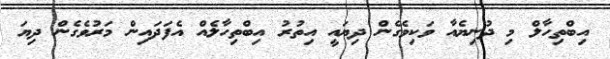
އިބްތިހާލް މި ދުނިޔެއާ ވަކިވެގެން ދިޔައީ އިތުރު އިބްތިހާލެއް އެފަދައިން މަރުވެގެން ދިޔަ